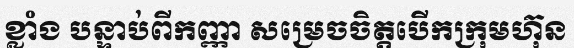
ខ្លាំង បន្ទាប់ពីកញ្ញា សម្រេចចិត្តបើកក្រុមហ៊ុន